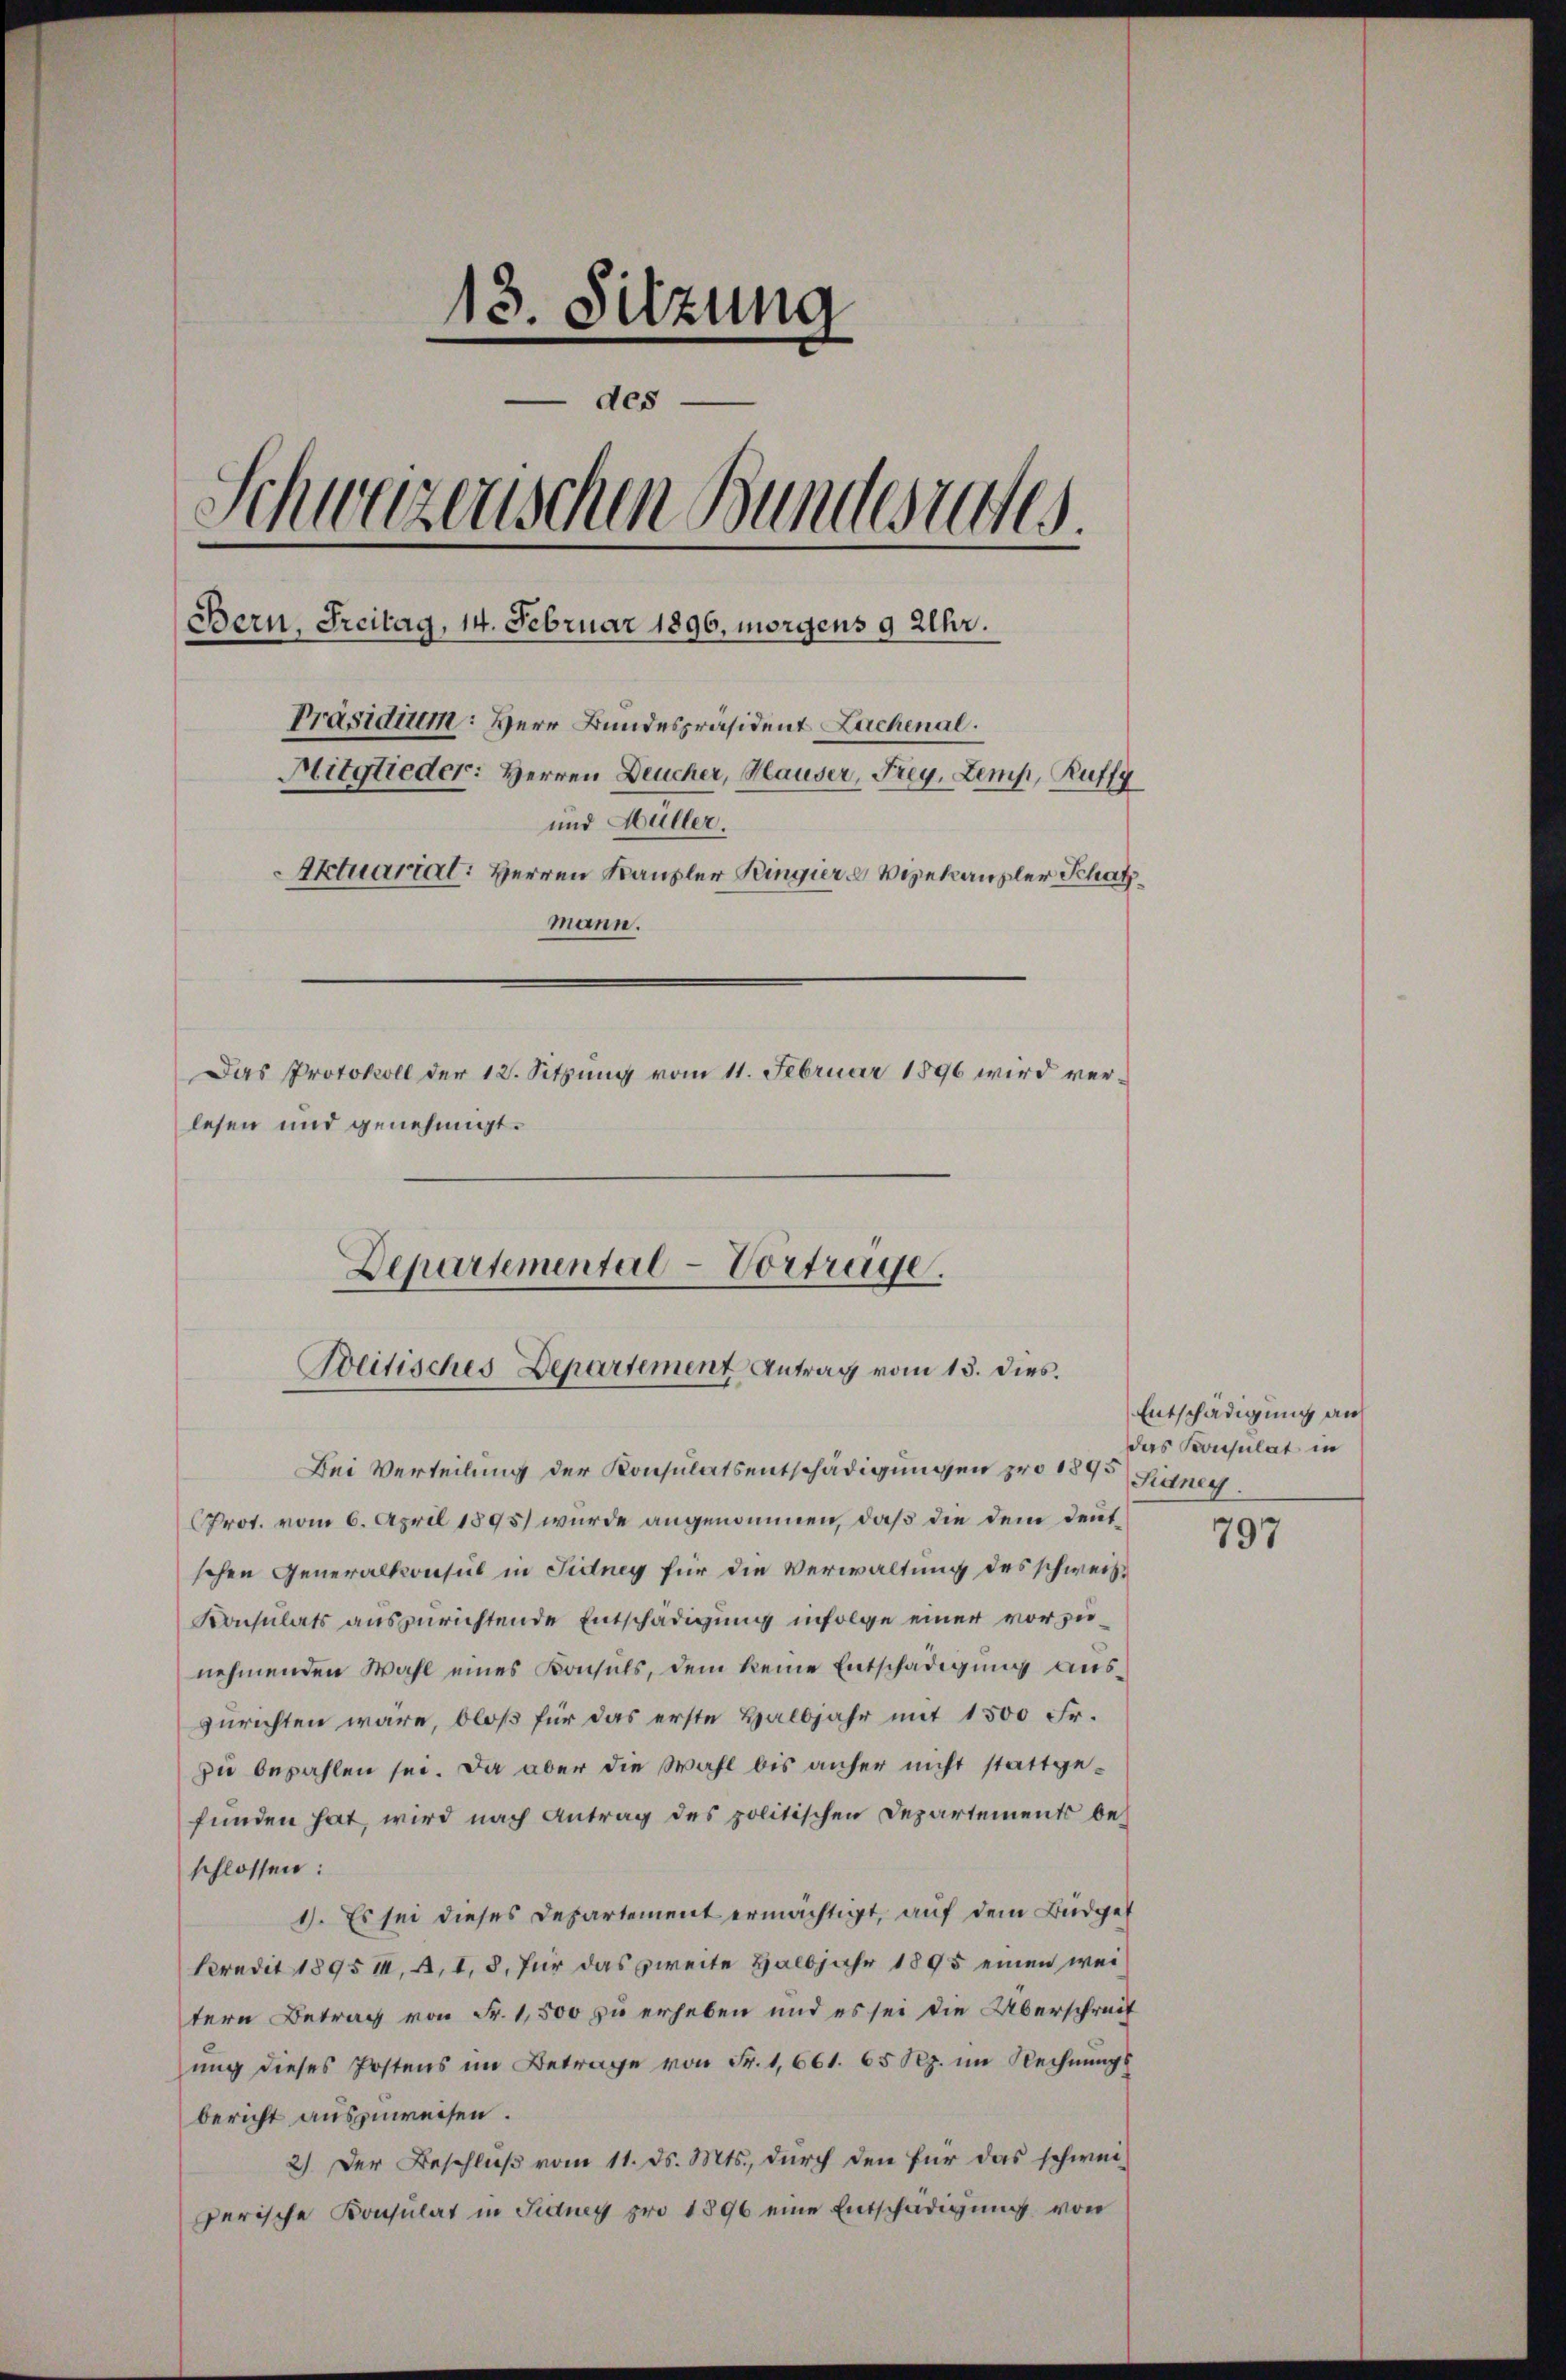
13. Sitzung
- des
Schweizenschen Bundesreces
Bern, Freitag, 14. Februar 1896, morgens 9 Uhr.
Präsidium: Herr Bundespräsident Lachenal.
Mitglieder: Herren Deucher, Hauser, Frey, Zemp, Ruffz
und Hüller.
Aktuarial: Herren Kanzler Ringier u Vizekanzler Schatz
mann.
Das Protokoll der 12. Sitzung vom 11. Februar 1896 wird verlesen und genehmigt.

Departemental-Vortrage.
Weitisches Departement Antrag vom 13. dies.

Bei Verteilung der Konsulatsentschädigungen pro 1845 sianey.
Prot. vom 6. April 1895) wurde angenommen, daß die dem deutschen Generalkonsul in Fidney für die Verwaltung des schweiz.
Konsulats auszurichtende Entschädigung infolge einer vorzunehmenden Wahl eines Konsuls, dem keine Entschädigung auszurichten wäre, bloß für das erste Halbjahr mit 1500 Fr.
zu bezahlen sei. Da aber die Wahl bis anher nicht stattgefunden hat, wird nach Antrag des politischen Departements beschlossen:
1). Es sei dieses Departement ermächtigt, auf dem Büdget
kredit 1895 I, A. 1, 8. für das zweite Halbjahr 1895 einen weitern Betrag von Fr. 1,500 zu erheben und es sei die Überschreif
ung dieses Postens im Betrage von Fr. 1,661. 65 Rp. im Rechnungs
bericht auszuweisen.
2.) Der Beschluß vom 11. ds. Mts., durch den für das schwei-
perische Konsulat in Fidney pro 1896 eine Entschädigung von

Entschädigung aus
das Konsulat in

797